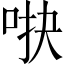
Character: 𱒫